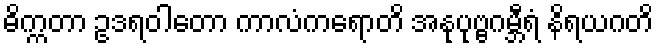
ဓိက္ကတာ ဥဒရဝါတော ကာလံကရောတိ အနုပုဗ္ဗဂမ္ဘီရံ နိရယဂတိ